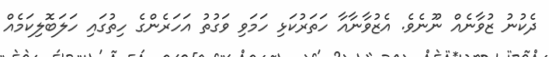
ދެކުނު ޒުވާނެއް ނޫނެވެ. އެޒުވާނާއާ ހަތަރުކަޅި ހަމަވި ވަގުތު އަހަރެންގެ ހިތުގައި ހަލަބޮލިކަމެއް